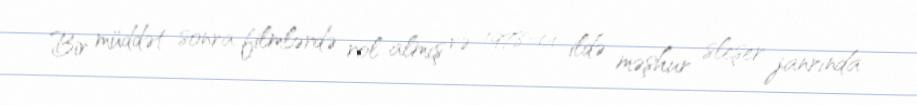
Bir müddət sonra filmlərdə rol almış və 1978-ci ildə məşhur sleşer janrında